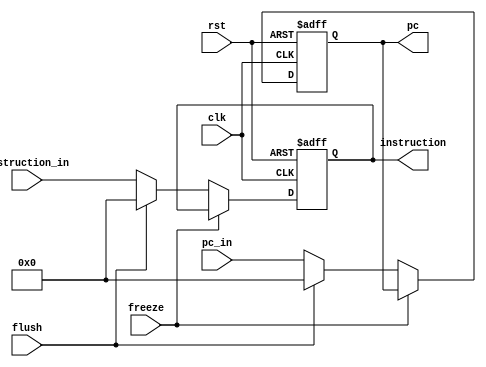
module IF_Stage_Reg (input clk, rst, input [31:0]pc_in, instruction_in,  
  input flush, freeze, output reg [31:0] pc, instruction);
  
  always @ (posedge clk, posedge rst) begin
    if (rst) begin
      pc <= 32'b00000000000000000000000000000000;
      instruction <= 32'b00000000000000000000000000000000;
    end else if (!freeze) begin
      if (flush) begin
        pc <= 32'b00000000000000000000000000000000;
        instruction <= 32'b00000000000000000000000000000000;
      end else begin instruction <= instruction_in; pc <= pc_in; end
    end
  end

endmodule